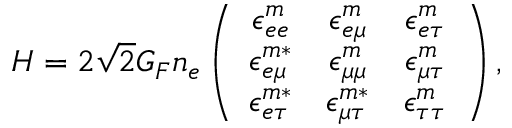
H = 2 \sqrt { 2 } G _ { F } n _ { e } \left( \begin{array} { c c c } { { \epsilon _ { e e } ^ { m } } } & { { \epsilon _ { e \mu } ^ { m } } } & { { \epsilon _ { e \tau } ^ { m } } } \\ { { \epsilon _ { e \mu } ^ { m * } } } & { { \epsilon _ { \mu \mu } ^ { m } } } & { { \epsilon _ { \mu \tau } ^ { m } } } \\ { { \epsilon _ { e \tau } ^ { m * } } } & { { \epsilon _ { \mu \tau } ^ { m * } } } & { { \epsilon _ { \tau \tau } ^ { m } } } \end{array} \right) ,